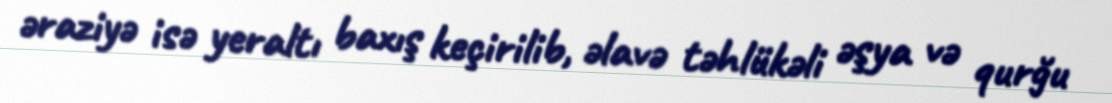
əraziyə isə yeraltı baxış keçirilib, əlavə təhlükəli əşya və qurğu